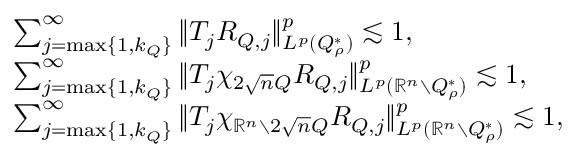
\begin{array} { r l } & { \sum _ { j = \operatorname* { m a x } \{ 1 , k _ { Q } \} } ^ { \infty } \| T _ { j } R _ { Q , j } \| _ { L ^ { p } ( Q _ { \rho } ^ { * } ) } ^ { p } \lesssim 1 , } \\ & { \sum _ { j = \operatorname* { m a x } \{ 1 , k _ { Q } \} } ^ { \infty } \| T _ { j } \chi _ { 2 \sqrt n Q } R _ { Q , j } \| _ { L ^ { p } ( \mathbb { R } ^ { n } \setminus Q _ { \rho } ^ { * } ) } ^ { p } \lesssim 1 , } \\ & { \sum _ { j = \operatorname* { m a x } \{ 1 , k _ { Q } \} } ^ { \infty } \| T _ { j } \chi _ { \mathbb { R } ^ { n } \setminus 2 \sqrt n Q } R _ { Q , j } \| _ { L ^ { p } ( \mathbb { R } ^ { n } \setminus Q _ { \rho } ^ { * } ) } ^ { p } \lesssim 1 , } \end{array}